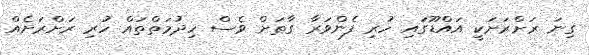
ގިނަ ރަށްރަށަކީ އައްޑޫގައި ހުރި ފެންވަރާ ގާތަށް ވެސް ހިދުމަތްތައް ހުރި ރަށްރަށެއް